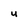
Character: u